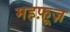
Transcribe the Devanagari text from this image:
महफ़ूज़